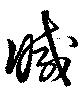
滅